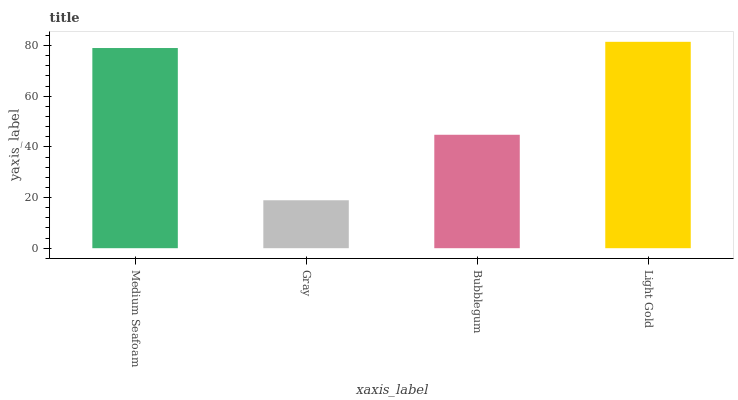
| xaxis_label | bars |
 | --- | --- |
 | Medium Seafoam | 79 |
 | Gray | 18.9 |
 | Bubblegum | 44.8 |
 | Light Gold | 81.5 |